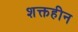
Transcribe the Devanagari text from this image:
शक्तहीन